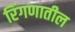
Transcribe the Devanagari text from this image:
रिंगणातील